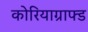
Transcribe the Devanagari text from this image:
कोरियाग्राफ्ड